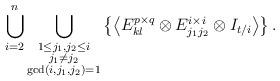
LaTeX: \begin{align*}\bigcup_{i=2}^{n}\bigcup_{\substack{1\le j_1,j_2\le i\\j_1\ne j_2\\\gcd(i,j_1,j_2)=1}}\left\{\left<E^{p\times q}_{kl}\otimes E^{i\times i}_{j_1j_2}\otimes I_{t/i}\right>\right\}.\end{align*}